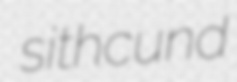
sithcund